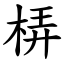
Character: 梇